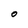
Character: O